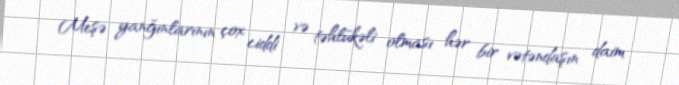
Meşə yanğınlarının çox ciddi və təhlükəli olması hər bir vətəndaşın daim